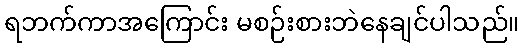
ရဘက်ကာအကြောင်း မစဉ်းစားဘဲနေချင်ပါသည်။